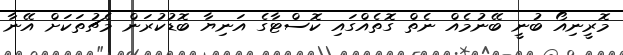
މޮރީނިއޯ ބުނީ ބޭނުމެއް ނެތް ގޮތެއްގައި ކޮސްޓާގެ އަނިޔާ ބޮޑުކުރަން މެޗުތަކަށް އޭނާ